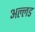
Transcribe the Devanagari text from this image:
अल्लड